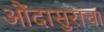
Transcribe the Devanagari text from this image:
औंदासुराचा